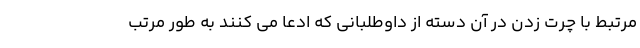
مرتبط با چرت زدن در آن دسته از داوطلبانی که ادعا می کنند به طور مرتب